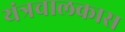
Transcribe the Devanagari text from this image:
यंत्रचालकास